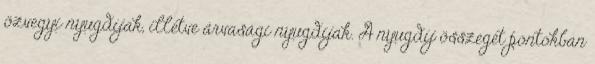
özvegyi nyugdíjak, illetve árvasági nyugdíjak. A nyugdíj összegét pontokban